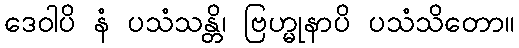
ဒေဝါပိ နံ ပသံသန္တိ၊ ဗြဟ္မုနာပိ ပသံသိတော။